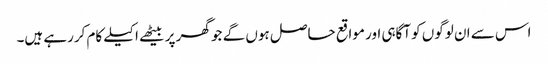
اس سے ان لوگوں کو آگاہی اور مواقع حاصل ہوں گے جو گھر پر بیٹھے اکیلے کام کررہے ہیں۔